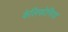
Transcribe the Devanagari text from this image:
केलिफोनिया